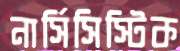
নার্সিসিস্টিক